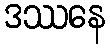
ဒဿနေ